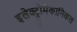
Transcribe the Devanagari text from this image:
इलेक्ट्रोमेकानिकल